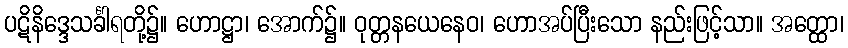
ပဋိနိဒ္ဒေသင်္ခါရတို့၌။ ဟောဋ္ဌာ၊ အောက်၌။ ဝုတ္တနယေနေဝ၊ ဟောအပ်ပြီးသော နည်းဖြင့်သာ။ အတ္ထော၊